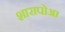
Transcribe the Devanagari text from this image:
शारापोआ